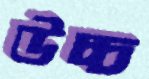
উচ্চ